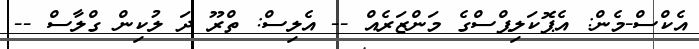
އެކްސް-މެން: އެޕޮކަލިޕްސްގެ މަންޒަރެއް -- އެލިސް: ތްރޫ ދަ ލުކިން ގްލާސް --